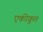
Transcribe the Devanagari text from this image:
एकीक्रुत